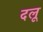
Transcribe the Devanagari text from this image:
दलू